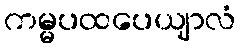
ကမ္မပထပေယျာလံ